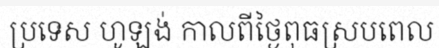
ប្រទេស ហូឡង់ កាលពីថ្ងៃពុធស្របពេល